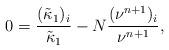
LaTeX: \begin{align*}0=\frac{(\tilde{\kappa}_1)_i}{\tilde{\kappa}_1}-N\frac{(\nu^{n+1})_i}{\nu^{n+1}},\end{align*}